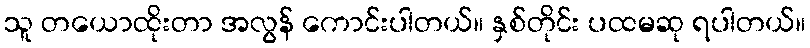
သူ တယောထိုးတာ အလွန် ကောင်းပါတယ်။ နှစ်တိုင်း ပထမဆု ရပါတယ်။